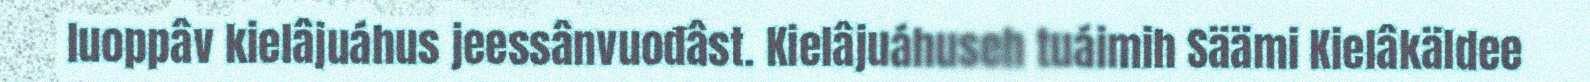
luoppâv kielâjuáhus jeessânvuođâst. Kielâjuáhuseh tuáimih Säämi Kielâkäldee